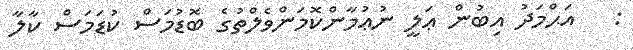
:   އަޙްމަދު އިބުން ޢަލީ ނުޢުމާންކޮމަންވެލްތުގެ ބޮޑުމަސް ކުޑަމަސް ކާލާ